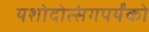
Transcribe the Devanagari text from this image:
यशोदोत्संगपर्यंको